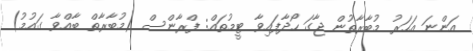
އަންނަ އަހަރު މުބާރާތުން ޖާގަ ހޯދާފައިވާ ޓީމުތައް: ފްރާންސް (މުބާރާތް ބާއްވާ ގައުމު)